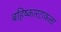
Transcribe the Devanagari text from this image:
बहिष्कारटाकला